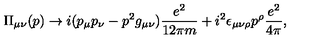
\Pi _ { \mu \nu } ( p ) \rightarrow i ( p _ { \mu } p _ { \nu } - p ^ { 2 } g _ { \mu \nu } ) \frac { e ^ { 2 } } { 1 2 \pi m } + i ^ { 2 } \epsilon _ { \mu \nu \rho } p ^ { \rho } \frac { e ^ { 2 } } { 4 \pi } ,